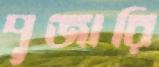
পূজারি